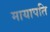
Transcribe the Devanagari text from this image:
मायापति